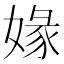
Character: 𡟇